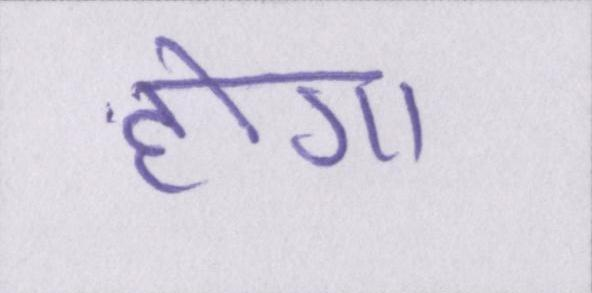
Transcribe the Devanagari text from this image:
होगा